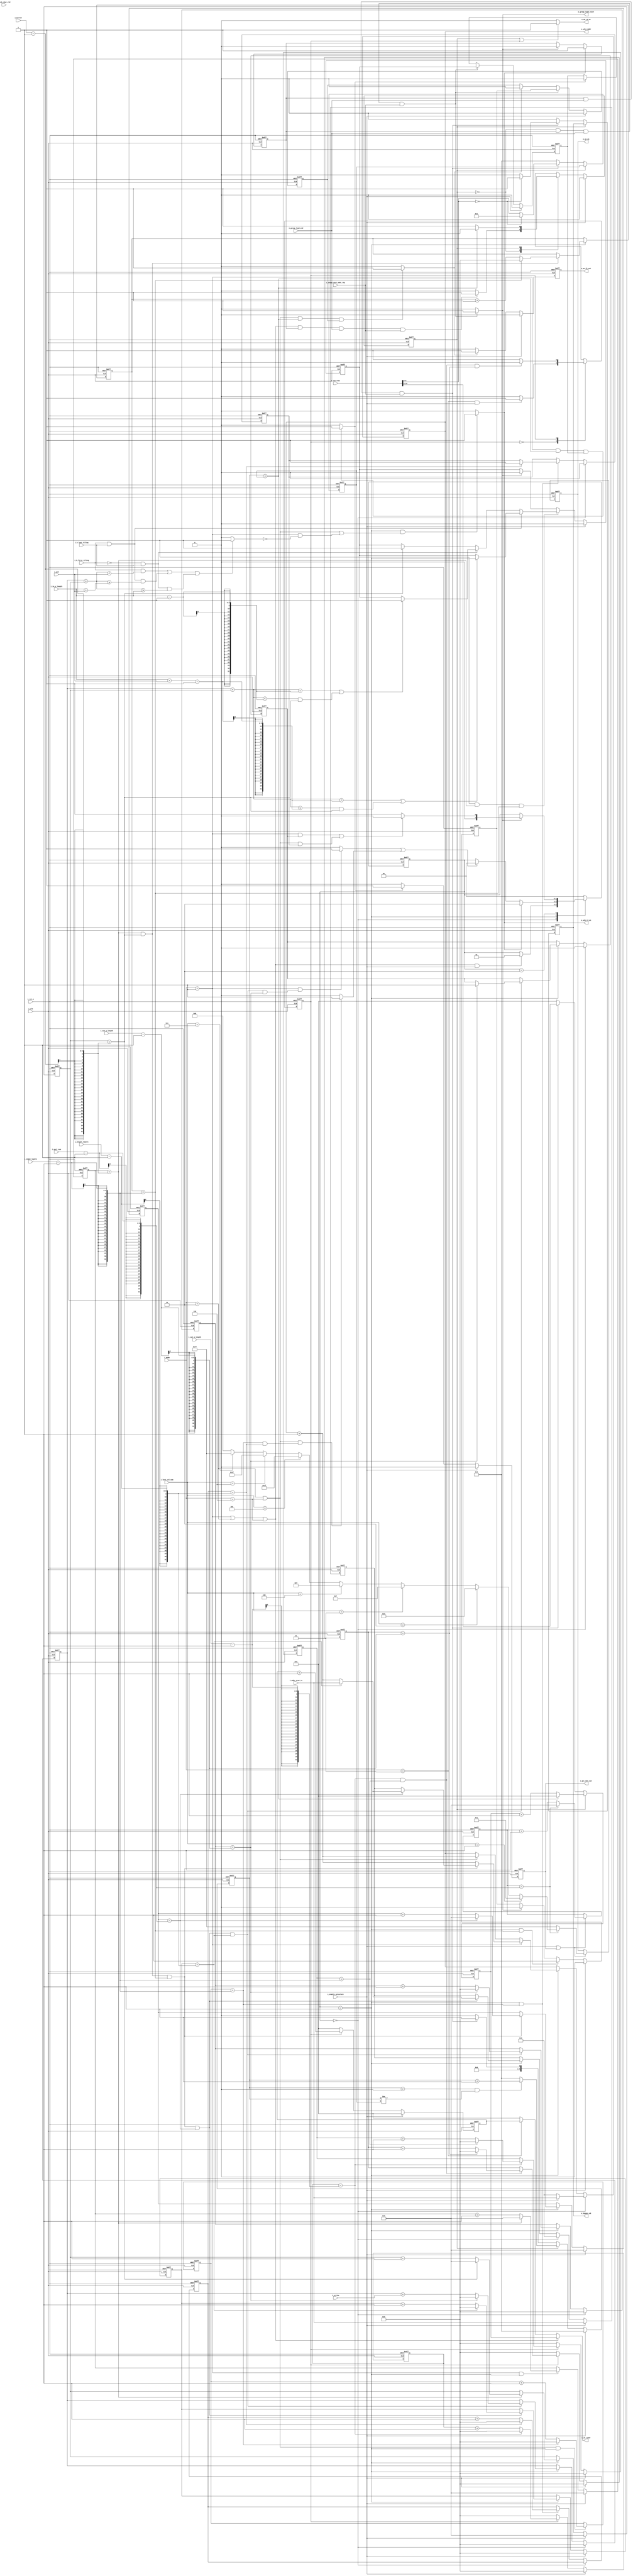
`timescale 1ns / 1ps
//////////////////////////////////////////////////////////////////////////////////
// Company: 
// Engineer: 
// 
// Design Name: 
// Module Name: wagu
// Project Name: 
// Target Devices: 
// Tool Versions: 
// Description: 
// 
// Dependencies: 
// 
// Revision:
// Revision 0.01 - File Created
// Additional Comments:
// 
//////////////////////////////////////////////////////////////////////////////////
module wagu (
    input i_clk  ,
    input i_rst_n,

    //INST_CTRL
    input [3:0] i_mode         ,
    input [9:0] i_addr_start_w ,
    input [3:0] i_kernel       ,
    input [1:0] i_stride       ,
    input [1:0] i_pad          ,
    input [7:0] i_out_x_length ,
    input [7:0] i_out_y_length ,
    input [7:0] i_in_y_length  ,
    input [7:0] i_part_num     ,
    // input [11:0] i_one_line_size,
    // input [11:0] i_stride_jump_size,
    input i_b_first_tiling     ,
    input i_b_last_tiling      ,
    input [7:0] i_input_layers ,
    input [7:0] i_output_layers,
    input i_enable_calculate   ,
    input [2:0] i_last_col_num , 
    //NPE
    output [6:0] o_pe_en,
    output o_pe_conv_out,
    output o_pe_fc_out  ,

    //WB
    output [12:0] o_wb_raddr,
    output o_wb_rd_en       ,
    output o_bypass_wb , 

    //WIB
    input [18:0] i_wib_rdat ,
    input i_wib_rdat_vld    ,
    output [9:0] o_wib_raddr,
    output o_wib_rd_en      ,     

    //IOAGU
    output o_group_load_start  ,
    input i_group_load_end     ,
    input i_ioagu_next_addr_rdy

    //Test
);

    parameter [3:0] CONV_MODE =4'd1,    //
                    POOL_MODE =4'd4,
                    FC_MODE   =4'd2,
                    ADD_MODE  =4'd3,
                    MATRIX_MODE = 4'd6;
    
    wire w_tiling_end;

    //---------------------------- CONV --------------------------------
    //WIBR
    parameter [1:0] WIBR_IDLE    =2'd0,    //
                    WIBR_IDX_RD  =2'd1,
                    WIBR_ADDR_GEN=2'd2;
    reg [1:0] r_wibr_state;

    parameter [0:0] WBR_IDLE    =1'd0,    //
                    WBR_ADDR_GEN=1'd1;
    reg [0:0] r_wbr_state;

    reg [7:0] r_cur_in_row;
    reg [7:0] r_cur_row;
    reg [3:0] r_cur_part;
    reg [7:0] r_cur_input_piece;
    reg [7:0] r_cur_output_piece;
    reg [3:0] r_cur_kernel_row;
    reg [3:0] r_cur_kernel_col;    

    reg [9:0] r_wib_raddr;
    reg [9:0] r_wib_loopback_raddr;
    reg r_conv_tiling_end;

    wire w_conv_tiling_end;
 
    wire w_wib_rd_en;
    wire w_skip_kernel_row;
    wire w_wb_addr_rd;
    wire r_wb_addr_rd;
    reg r_wibr_group_addr_vld;
    reg [12:0] r_group_data_addr;
    reg [5:0]  r_group_data_num;
    reg [5:0]  r_wb_rd_cnt;

    //reg [6:0] r_pe_en;
    reg r_part_end;
    reg [3:0] r_wb_cur_part;
    wire w_pe_conv_out;
    reg r_pe_conv_out;
    reg r_pe_conv_out_2;
    reg r_pe_fc_out_2;

    wire [6:0] w_last_pe_en;
    wire [6:0] w_next_pe_en;
    reg [6:0] r_pe_en;
    reg [3:0] r_pe_en_cnt;

    //---------------------------- ADD --------------------------------
    reg [7:0] r_cur_add_row;
    reg [7:0] r_cur_add_input_piece;
    reg [7:0] r_cur_add_col;

    parameter [0:0] ADD_WBR_IDLE    =1'd0,    //
                    ADD_WBR_ADDR_GEN=1'd1;
    reg [0:0] r_add_wbr_state;
    reg [12:0] r_add_wb_offset;

    //---------------------------- FC ---------------------------------
    wire w_fc_tiling_end;

    reg [7:0] r_cur_fc_input_piece;
    reg [7:0] r_cur_fc_output_piece;
    //reg [9:0] r_fc_wib_offset;
    reg r_fc_tiling_end;
    reg r_bypass_wb;

    //all outputs
    assign o_pe_en = r_pe_en;
    assign w_last_pe_en = (i_last_col_num == 1) ? 7'b0000001:
                                                  ((i_last_col_num == 2) ? 7'b0000011 :
                                                  ((i_last_col_num == 3) ? 7'b0000111 :
                                                  ((i_last_col_num == 4) ? 7'b0001111 :
                                                  ((i_last_col_num == 5) ? 7'b0011111 :
                                                  ((i_last_col_num == 6) ? 7'b0111111 :
                                                  ((i_last_col_num == 7) ? 7'b1111111 : 7'b0))))));
    assign w_next_pe_en = (r_pe_en_cnt==i_part_num-1) ? w_last_pe_en : 7'b1111111;
    assign o_pe_conv_out = r_pe_conv_out_2;
    assign o_pe_fc_out = r_pe_fc_out_2;
    assign o_wb_raddr = (i_mode == CONV_MODE || i_mode == FC_MODE || i_mode == MATRIX_MODE) ? r_group_data_addr:
                                               ((i_mode == ADD_MODE) ? r_add_wb_offset:
                                               13'b0);
    assign o_wb_rd_en = (r_wbr_state == WBR_ADDR_GEN || r_add_wbr_state == ADD_WBR_ADDR_GEN) ? 1'b1 : 1'b0;
    assign o_bypass_wb = r_bypass_wb; 
    assign o_wib_raddr = r_wib_raddr;
    assign o_wib_rd_en = w_wib_rd_en;
    assign o_group_load_start = w_wb_addr_rd;

    always @(posedge i_clk or negedge i_rst_n) begin
        if (!i_rst_n)
            r_pe_en <= 0;
        else
            if (i_enable_calculate || r_pe_conv_out_2)
                r_pe_en <= w_next_pe_en;
            else
                r_pe_en <= r_pe_en;
    end

    // always @(posedge i_clk or negedge i_rst_n) begin
    //     if (!i_rst_n)
    //         r_pe_en_cnt <= 0;
    //     else if (i_enable_calculate)
    //         r_pe_en_cnt <= 1;
    //     else if (r_pe_conv_out_2)
    //         if (r_pe_en_cnt == i_part_num - 1)
    //             r_pe_en_cnt <= 0;
    //         else
    //             r_pe_en_cnt <= r_pe_en_cnt+1;
    //     else    
    //         r_pe_en_cnt <= r_pe_en_cnt;
    // end

    always @(posedge i_clk or negedge i_rst_n) begin
        if (!i_rst_n)
            r_pe_en_cnt <= 0;
        else if (i_enable_calculate || r_pe_conv_out_2)
            if (r_pe_en_cnt == i_part_num - 1)
                r_pe_en_cnt <= 0;
            else
                r_pe_en_cnt <= r_pe_en_cnt + 1;
         else    
            r_pe_en_cnt <= r_pe_en_cnt;
    end

    //======================================= WIBR ==============================================  
    //generate WIB address and read enable signal
    always @(posedge i_clk or negedge i_rst_n) begin
        if (!i_rst_n)
            r_wib_raddr <= 0;
        else if (r_wibr_state == WIBR_IDLE)
                if(i_enable_calculate)
                    r_wib_raddr <= i_addr_start_w;
                else
                    r_wib_raddr <= 0;
        else if (r_wibr_state == WIBR_IDX_RD)    //if(w_wib_rd_en)    //generate next address
                if (i_mode == CONV_MODE)
                    if (r_cur_kernel_col == i_kernel - 1 && r_cur_kernel_row == i_kernel - 1
                        && r_cur_input_piece == i_input_layers - 1)
                            if (r_cur_part == i_part_num - 1)
                                if (r_cur_output_piece == i_output_layers - 1)
                                    r_wib_raddr <= i_addr_start_w;
                                else
                                    r_wib_raddr <= r_wib_raddr + 1;
                            else
                                r_wib_raddr <= r_wib_loopback_raddr;
                    else
                        r_wib_raddr <= r_wib_raddr + 1;
                else if (i_mode == FC_MODE || i_mode == MATRIX_MODE)
                    r_wib_raddr <= r_wib_raddr + 1;
        else
            r_wib_raddr <= r_wib_raddr;
    end

    assign w_wib_rd_en = (r_wibr_state == WIBR_IDX_RD && (i_mode == FC_MODE||i_mode == MATRIX_MODE || (i_mode == CONV_MODE && !w_skip_kernel_row))) ? 1'b1 : 1'b0;    //do not generate rd_en while skipping current row

    //loop 6 -- kernel col loop
    always @(posedge i_clk or negedge i_rst_n) begin
        if (!i_rst_n) 
            r_cur_kernel_col <= 0;
        else if(i_enable_calculate)
        		r_cur_kernel_col <= 0;
        else if (i_mode == CONV_MODE && r_wibr_state == WIBR_IDX_RD)
            if (r_cur_kernel_col == i_kernel - 1)
                r_cur_kernel_col <= 0;
            else
                r_cur_kernel_col <= r_cur_kernel_col + 1;
        else
            r_cur_kernel_col <= r_cur_kernel_col;
    end

    //loop 5 -- kernel row loop 
    always @(posedge i_clk or negedge i_rst_n) begin
        if (!i_rst_n)
            r_cur_kernel_row <= 0;
        else if(i_enable_calculate)
        	r_cur_kernel_row <= 0;	
        else if (r_wibr_state == WIBR_IDX_RD)
            if (r_cur_kernel_col == i_kernel - 1)
                if (r_cur_kernel_row == i_kernel - 1)
                    r_cur_kernel_row <= 0;
                else
                    r_cur_kernel_row <= r_cur_kernel_row + 1;
            else
                r_cur_kernel_row <= r_cur_kernel_row;
        else
            r_cur_kernel_row <= r_cur_kernel_row;
    end

    assign w_skip_kernel_row = ((i_b_first_tiling && (r_cur_in_row + r_cur_kernel_row < i_pad)) 
                                || (i_b_first_tiling && i_b_last_tiling && (r_cur_in_row + r_cur_kernel_row >= i_in_y_length + i_pad))
                                || (!i_b_first_tiling && i_b_last_tiling && (r_cur_in_row + r_cur_kernel_row >= i_in_y_length))) ? 1'b1 : 1'b0;          
    
    //assign w_skip_kernel_row = 0;                                             

    //loop 4 -- input piece loop
    always @(posedge i_clk or negedge i_rst_n) begin
        if (!i_rst_n)
            r_cur_input_piece <= 0;
       // else if(i_enable_calculate)  
        	//	 r_cur_input_piece <= 0;
        else if (r_wibr_state == WIBR_IDX_RD)
            if (r_cur_kernel_col == i_kernel - 1 && r_cur_kernel_row == i_kernel - 1)
                if (r_cur_input_piece == i_input_layers - 1)
                    r_cur_input_piece <= 0;
                else
                    r_cur_input_piece <= r_cur_input_piece + 1;
            else
                r_cur_input_piece <= r_cur_input_piece;
        else
            r_cur_input_piece <= r_cur_input_piece;
    end

    //loop 3 -- window partition loop
    always @(posedge i_clk or negedge i_rst_n) begin
        if (!i_rst_n)
            r_cur_part <= 0;
         else if(i_enable_calculate)
            r_cur_part <= 0;
        else if (r_wibr_state == WIBR_IDX_RD)
            if (r_cur_kernel_col == i_kernel - 1 && r_cur_kernel_row == i_kernel - 1
                && r_cur_input_piece == i_input_layers - 1)
                if (r_cur_part == i_part_num - 1)
                    r_cur_part <= 0;
                else
                    r_cur_part <= r_cur_part + 1;
            else
                r_cur_part <= r_cur_part;
        else
            r_cur_part <= r_cur_part;
    end

    //loop 2 -- output piece loop (traverse all kernels in wb)
    always @(posedge i_clk or negedge i_rst_n) begin
        if (!i_rst_n)
            r_cur_output_piece <= 0;
        else if(i_enable_calculate) 
        	 r_cur_output_piece <= 0;
        else if (r_wibr_state == WIBR_IDX_RD)
            if (r_cur_kernel_col == i_kernel - 1 && r_cur_kernel_row == i_kernel - 1 
                && r_cur_input_piece == i_input_layers-1 && r_cur_part == i_part_num - 1)
                if(r_cur_output_piece == i_output_layers - 1)
                    r_cur_output_piece <= 0;
                else
                    r_cur_output_piece <= r_cur_output_piece + 1;
            else
                r_cur_output_piece <= r_cur_output_piece;
        else
            r_cur_output_piece <= r_cur_output_piece;
    end

    //save loopback address
    always @(posedge i_clk or negedge i_rst_n) begin
        if (!i_rst_n)
            r_wib_loopback_raddr <= 0;
        else if (i_enable_calculate)
                r_wib_loopback_raddr <= i_addr_start_w;    //initialize loopback address of first kernel piece
        else if (r_wibr_state == WIBR_IDLE)
            r_wib_loopback_raddr <= 0;
        else if (r_wibr_state == WIBR_IDX_RD)
            if (r_cur_kernel_col == i_kernel - 1 && r_cur_kernel_row == i_kernel - 1 
                && r_cur_input_piece == i_input_layers - 1 && r_cur_part == i_part_num - 1)
                if (r_cur_output_piece == i_output_layers - 1)
                    r_wib_loopback_raddr <= i_addr_start_w;    //update loopback address of first kernel piece
                else
                    r_wib_loopback_raddr <= r_wib_raddr + 1;    //update loopback address of next kernel piece
            else
                r_wib_loopback_raddr <= r_wib_loopback_raddr;
        else
            r_wib_loopback_raddr <= r_wib_loopback_raddr;
    end

    //loop 1
    always @(posedge i_clk or negedge i_rst_n) begin
        if (!i_rst_n) begin
            r_cur_row <= 0;
            r_cur_in_row <= 0;
            r_conv_tiling_end <= 0;
        end else begin
            if (r_wibr_state == WIBR_IDLE) begin
                r_cur_row <= 0;
                r_cur_in_row <= 0;
                r_conv_tiling_end <= 0;
            end else if(r_wibr_state == WIBR_IDX_RD) begin
                if (r_cur_kernel_col == i_kernel - 1 && r_cur_kernel_row == i_kernel - 1 
                    && r_cur_input_piece == i_input_layers - 1 && r_cur_part == i_part_num - 1
                    && r_cur_output_piece == i_output_layers - 1) begin
                    if(r_cur_row == i_out_y_length - 1) begin
                        r_cur_row <= 0;
                        r_cur_in_row <= 0;
                        r_conv_tiling_end <= 1;
                    end else begin
                        r_cur_row <= r_cur_row+1;
                        r_cur_in_row <= r_cur_in_row+i_stride;
                    end
                end else begin
                    r_cur_row <= r_cur_row;
                    r_cur_in_row <= r_cur_in_row;
                end
            end else begin
                r_cur_row <= r_cur_row;
                r_cur_in_row <= r_cur_in_row;
            end
        end
    end

    assign w_tiling_end = w_conv_tiling_end | w_fc_tiling_end;
    
    assign w_conv_tiling_end = (i_mode == CONV_MODE)
                               && (r_cur_kernel_col == i_kernel - 1 && r_cur_kernel_row == i_kernel - 1 
                                   && r_cur_input_piece == i_input_layers - 1 && r_cur_part == i_part_num - 1
                                   && r_cur_output_piece == i_output_layers - 1 && r_cur_row == i_out_y_length - 1) ? 1'b1 : 1'b0;
                                                
    assign w_fc_tiling_end = (i_mode == FC_MODE || i_mode == MATRIX_MODE) && (r_cur_fc_input_piece == i_input_layers - 1 && r_cur_fc_output_piece == i_output_layers - 1) ? 1'b1 : 1'b0;
    
    //wibr fsm
    always @(posedge i_clk or negedge i_rst_n) begin
        if (!i_rst_n) begin
            r_wibr_state <= WIBR_IDLE;
        end else  begin
            case (r_wibr_state)
                WIBR_IDLE: begin
                    if ((i_mode == CONV_MODE || i_mode == FC_MODE ||i_mode == MATRIX_MODE) && i_enable_calculate)
                        r_wibr_state <= WIBR_IDX_RD;
                    else
                        r_wibr_state <= r_wibr_state;
                end

                WIBR_IDX_RD: begin
                    if (w_wib_rd_en)
                        r_wibr_state <= WIBR_ADDR_GEN;
                    else if (w_tiling_end)
                        r_wibr_state <= WIBR_IDLE;
                    else
                        r_wibr_state <= r_wibr_state;
                end

                WIBR_ADDR_GEN: begin
                    if (w_wb_addr_rd)
                        if((i_mode == CONV_MODE && r_conv_tiling_end) || ((i_mode == FC_MODE || i_mode == MATRIX_MODE) && r_fc_tiling_end))    //end of tiling
                            r_wibr_state <= WIBR_IDLE;
                        else
                            r_wibr_state <= WIBR_IDX_RD;    
                    else
                        r_wibr_state <= r_wibr_state;   
                end

                default:
                    r_wibr_state <= WIBR_IDLE;
            endcase
        end
    end

    always @(posedge i_clk or negedge i_rst_n) begin
        if (!i_rst_n)
            r_wibr_group_addr_vld <= 0;
        //else if(i_enable_calculate)
        	// r_wibr_group_addr_vld <= 0;
        else if(w_wib_rd_en)
            r_wibr_group_addr_vld <= 1;
        else if(w_wb_addr_rd)
            r_wibr_group_addr_vld <= 0;
        else
            r_wibr_group_addr_vld <= r_wibr_group_addr_vld;
    end

    always @(posedge i_clk or negedge i_rst_n) begin
        if (!i_rst_n)
            r_part_end <= 0;
        else if(i_enable_calculate)
        	 r_part_end <= 0;
        else if(r_wibr_state == WIBR_IDX_RD && r_cur_kernel_col == i_kernel - 1
                && r_cur_input_piece == i_input_layers - 1)
                if (i_b_last_tiling && i_b_first_tiling)
                    if ((r_cur_in_row + r_cur_kernel_row == i_in_y_length + i_pad - 1)
                        || (r_cur_in_row + r_cur_kernel_row < i_in_y_length + i_pad - 1 && r_cur_kernel_row == i_kernel - 1))
                        r_part_end <= 1;
                    else
                        r_part_end <= r_part_end;
                else if (i_b_last_tiling && !i_b_first_tiling)
                    if ((r_cur_in_row + r_cur_kernel_row == i_in_y_length - 1)
                        || (r_cur_in_row + r_cur_kernel_row < i_in_y_length - 1 && r_cur_kernel_row == i_kernel - 1))
                        r_part_end <= 1;
                    else
                        r_part_end <= r_part_end;
                else
                    if (r_cur_kernel_row == i_kernel - 1)
                        r_part_end <= 1;
                    else
                        r_part_end <= r_part_end;
        else if (w_wb_addr_rd)
            r_part_end <= 0;
        else
            r_part_end <= r_part_end;
    end

    //////////////////////////////fc_mode///////////////////
    reg r_fc_input_piece_end;  
    always @(posedge i_clk or negedge i_rst_n) begin
        if (!i_rst_n)
            r_fc_input_piece_end <= 0;
        else if(i_enable_calculate)
        	 r_fc_input_piece_end <= 0 ;
        else if (r_wibr_state == WIBR_IDX_RD && r_cur_input_piece == i_input_layers - 1)
            r_fc_input_piece_end <= 1;  
        else if (w_wb_addr_rd)
            r_fc_input_piece_end <= 0;
        else
            r_fc_input_piece_end <= r_fc_input_piece_end; 
    end

    //======================================= WBR ==============================================  
    //wbr fsm
    always @(posedge i_clk or negedge i_rst_n) begin
        if (!i_rst_n)
            r_wbr_state <= WBR_IDLE;
        else if(i_enable_calculate)
        	 r_wbr_state <= WBR_IDLE;
        else 
            case (r_wbr_state)
                WBR_IDLE: begin
                    if ((i_mode == CONV_MODE || i_mode == FC_MODE ||i_mode == MATRIX_MODE) && r_wibr_group_addr_vld
                        && i_group_load_end && i_ioagu_next_addr_rdy)
                        r_wbr_state <= WBR_ADDR_GEN;
                    else
                        r_wbr_state <= r_wbr_state;
                end

                WBR_ADDR_GEN: begin
                    if (r_wb_rd_cnt == r_group_data_num)
                        r_wbr_state <= WBR_IDLE;
                    else
                        r_wbr_state <= r_wbr_state;
                end

                default:
                    r_wbr_state <= WBR_IDLE;
            endcase
    end

    always @(posedge i_clk or negedge i_rst_n) begin
        if (!i_rst_n) begin
            r_group_data_addr <= 0;
            r_group_data_num <= 0;
            r_bypass_wb <= 1'b0; 
        end else if (r_wbr_state == WBR_IDLE)
            if (r_wibr_group_addr_vld && i_group_load_end && i_ioagu_next_addr_rdy) begin
                    r_group_data_addr <= i_wib_rdat[18:6];
                    r_group_data_num <= i_wib_rdat[5:0] == 6'b0 ? 6'b1 : i_wib_rdat[5:0];
                    r_bypass_wb <= i_wib_rdat[5:0] == 6'b0 ? 1'b1 : 1'b0;
            end else begin
                    r_group_data_addr <= 0; 
                    r_group_data_num <= 0;
                    r_bypass_wb <= 1'b0;
            end
        else begin
            if (r_wb_rd_cnt == r_group_data_num)
                r_group_data_addr <= 0;
            else    
                r_group_data_addr <= r_group_data_addr + 1;
                r_group_data_num <= r_group_data_num;
        end 
    end

    always @(posedge i_clk or negedge i_rst_n) begin
        if (!i_rst_n) 
            r_wb_rd_cnt <= 0;
        else if(i_enable_calculate) 
        	 r_wb_rd_cnt <= 0;
        else if(r_wbr_state == WBR_IDLE)
            if(r_wibr_group_addr_vld && i_group_load_end && i_ioagu_next_addr_rdy)
                r_wb_rd_cnt <= 1;
            else
                r_wb_rd_cnt <= 0;
        else if (r_wb_rd_cnt > 0 && r_wb_rd_cnt != r_group_data_num)
            r_wb_rd_cnt <= r_wb_rd_cnt + 1;
        else
            r_wb_rd_cnt <= 0;
    end

    assign w_wb_addr_rd = (r_wbr_state == WBR_IDLE && r_wibr_group_addr_vld 
                           && i_group_load_end && i_ioagu_next_addr_rdy) ? 1'b1 : 1'b0;      

    always @(posedge i_clk or negedge i_rst_n) begin
        if (!i_rst_n) 
            r_pe_conv_out <= 0;
        else if(i_enable_calculate)
        	r_pe_conv_out <= 0; 
        else if (r_wbr_state==WBR_IDLE && r_wibr_group_addr_vld && i_group_load_end && i_ioagu_next_addr_rdy)
            r_pe_conv_out <= r_part_end;
        else if (w_pe_conv_out)
            r_pe_conv_out <= 0;
    end 

    /////////////////////////////////add by htt///////////////////////////////    
    reg r_pe_fc_out; 
    wire w_pe_fc_out;  
    always @(posedge i_clk or negedge i_rst_n) begin
        if (!i_rst_n) 
            r_pe_fc_out <= 0;
        else if(i_enable_calculate)
        	r_pe_fc_out <= 0;
        else if (r_wbr_state == WBR_IDLE && r_wibr_group_addr_vld && i_group_load_end && i_ioagu_next_addr_rdy)
            r_pe_fc_out <= r_fc_input_piece_end;
        else if (w_pe_fc_out)
            r_pe_fc_out <= 0;
    end   
    //////////////////////////////////////////////////////////////////////// 
    assign w_pe_conv_out = (i_mode == CONV_MODE && r_wb_rd_cnt == r_group_data_num && r_pe_conv_out) ? 1'b1 : 1'b0;
    assign w_pe_fc_out = ((i_mode == FC_MODE||i_mode == MATRIX_MODE) && r_wb_rd_cnt == r_group_data_num && r_pe_fc_out) ? 1'b1 : 1'b0;
    
    always @(posedge i_clk or negedge i_rst_n) begin
        if (!i_rst_n) 
            r_pe_conv_out_2 <= 0;
        else if(i_enable_calculate)
            r_pe_conv_out_2 <= 0;
        else if (w_pe_conv_out)
            r_pe_conv_out_2 <= 1;
        else
            r_pe_conv_out_2 <= 0;
    end

    always @(posedge i_clk or negedge i_rst_n) begin
        if (!i_rst_n) 
            r_pe_fc_out_2 <= 0;
        else if(i_enable_calculate)
            r_pe_fc_out_2 <= 0;
        else if (w_pe_fc_out)
            r_pe_fc_out_2 <= 1;
        else
            r_pe_fc_out_2 <= 0;
    end

   // //======================================= FC Mode ==============================================  
   // always @(posedge i_clk or negedge i_rst_n) begin
   //     if (!i_rst_n) 
   //         r_fc_wib_offset <= 0;
   //     else if(i_enable_calculate)
   //         r_fc_wib_offset <= 0;
   //     else if ((i_mode == FC_MODE||i_mode == MATRIX_MODE) && r_wibr_state == WIBR_IDX_RD)
   //             r_fc_wib_offset <= r_fc_wib_offset + 1;
   //         else
   //             r_fc_wib_offset <= r_fc_wib_offset;
   // end

    always @(posedge i_clk or negedge i_rst_n) begin
        if (!i_rst_n) 
            r_cur_fc_input_piece <= 0;
        else if ((i_mode == FC_MODE||i_mode == MATRIX_MODE) && r_wibr_state == WIBR_IDX_RD) 
            if (r_cur_fc_input_piece == i_input_layers - 1)
                r_cur_fc_input_piece <= 0;
            else
                r_cur_fc_input_piece <= r_cur_fc_input_piece + 1;
        else
            r_cur_fc_input_piece <= r_cur_fc_input_piece;
    end

    always @(posedge i_clk or negedge i_rst_n) begin
        if (!i_rst_n) begin
            r_cur_fc_output_piece <= 0;
            r_fc_tiling_end <= 0;
        end else if (r_wibr_state == WIBR_IDLE)
            r_fc_tiling_end <= 0;
        else if(r_wibr_state == WIBR_IDX_RD && r_cur_fc_input_piece == i_input_layers - 1) 
            if (r_cur_fc_output_piece == i_output_layers - 1) begin
                r_cur_fc_output_piece <= 0;
                r_fc_tiling_end <= 1;
            end else
                r_cur_fc_output_piece <= r_cur_fc_output_piece + 1;
        else
            r_cur_fc_output_piece <= r_cur_fc_output_piece;
    end

    //======================================= ADD Mode ==============================================  
    always @(posedge i_clk or negedge i_rst_n) begin
        if (!i_rst_n)
            r_add_wbr_state <= ADD_WBR_IDLE;
        else
            case (r_add_wbr_state)
                ADD_WBR_IDLE: begin
                    if(i_mode == ADD_MODE && i_enable_calculate)
                        r_add_wbr_state <= ADD_WBR_ADDR_GEN;
                    else
                        r_add_wbr_state <= r_add_wbr_state;
                end

                ADD_WBR_ADDR_GEN: begin
                    if (r_cur_add_col == i_out_x_length - 1 && r_cur_add_input_piece == i_input_layers - 1
                        && r_cur_add_row == i_out_y_length - 1)
                        r_add_wbr_state <= ADD_WBR_IDLE;
                    else
                        r_add_wbr_state <= r_add_wbr_state;
                end

                default:
                    r_add_wbr_state <= ADD_WBR_IDLE;
            endcase
    end

    always @(posedge i_clk or negedge i_rst_n) begin
        if (!i_rst_n) 
            r_add_wb_offset <= 0;
         else if(i_enable_calculate)
         	r_add_wb_offset <= 0;
        else if (r_add_wbr_state == ADD_WBR_ADDR_GEN)
            r_add_wb_offset <= r_add_wb_offset + 1;
        else
            r_add_wb_offset <= 0;
    end

    always @(posedge i_clk or negedge i_rst_n) begin
        if (!i_rst_n) 
            r_cur_add_col <= 0;
        else if(i_enable_calculate)
        		r_cur_add_col <= 0;
        else if (r_add_wbr_state == ADD_WBR_ADDR_GEN) 
            if(r_cur_add_col == i_out_x_length - 1)
              r_cur_add_col <= 0;
            else
              r_cur_add_col <= r_cur_add_col + 1;
        else
            r_cur_add_col <= 0;
    end

    always @(posedge i_clk or negedge i_rst_n) begin
        if (!i_rst_n) 
            r_cur_add_input_piece <= 0;
         else if(i_enable_calculate)
         		 r_cur_add_input_piece <= 0;
        else if (r_add_wbr_state == ADD_WBR_ADDR_GEN)
            if (r_cur_add_col == i_out_x_length - 1)
                if (r_cur_add_input_piece == i_input_layers - 1)
                    r_cur_add_input_piece <= 0;
                else
                    r_cur_add_input_piece <= r_cur_add_input_piece + 1;
            else
                r_cur_add_input_piece <= r_cur_add_input_piece;
        else
            r_cur_add_input_piece <= 0;
    end
    
    always @(posedge i_clk or negedge i_rst_n) begin
        if (!i_rst_n) 
            r_cur_add_row <= 0;
        else if(i_enable_calculate) 
            r_cur_add_row <= 0;
        else if (r_add_wbr_state == ADD_WBR_ADDR_GEN)
            if (r_cur_add_col == i_out_x_length - 1 && r_cur_add_input_piece == i_input_layers - 1)
                if (r_cur_add_row == i_out_y_length - 1)
                    r_cur_add_row <= 0;
                else
                    r_cur_add_row <= r_cur_add_row+1;
            else
                r_cur_add_row <= r_cur_add_row;
        else
            r_cur_add_row <= 0;
    end

endmodule